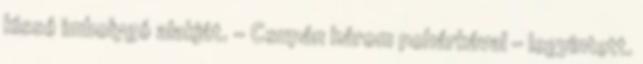
kissé imbolygó alakját. - Csupán három pohárkával - legyintett.